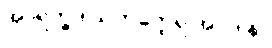
အာရက္ခဒါယကတ္ထေရ အပဒါန။